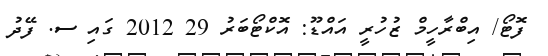
ފޮޓޯ/ އިބްރާހީމް ޒުހުރީ އައްޑޫ: އޮކްޓޯބަރު 29 2012 ގައި ސ. ފޭދު